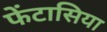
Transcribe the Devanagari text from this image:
फेंटासिया